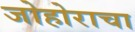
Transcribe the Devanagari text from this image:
जोहोराचा